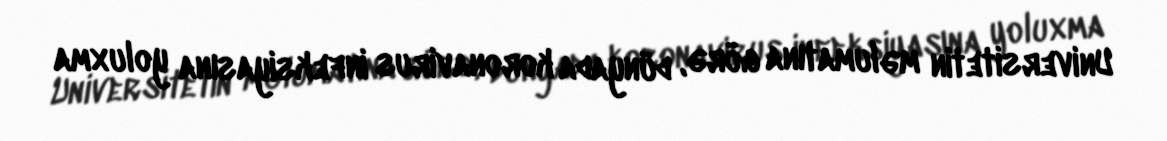
Universitetin məlumatına görə, dünyada koronavirus infeksiyasına yoluxma